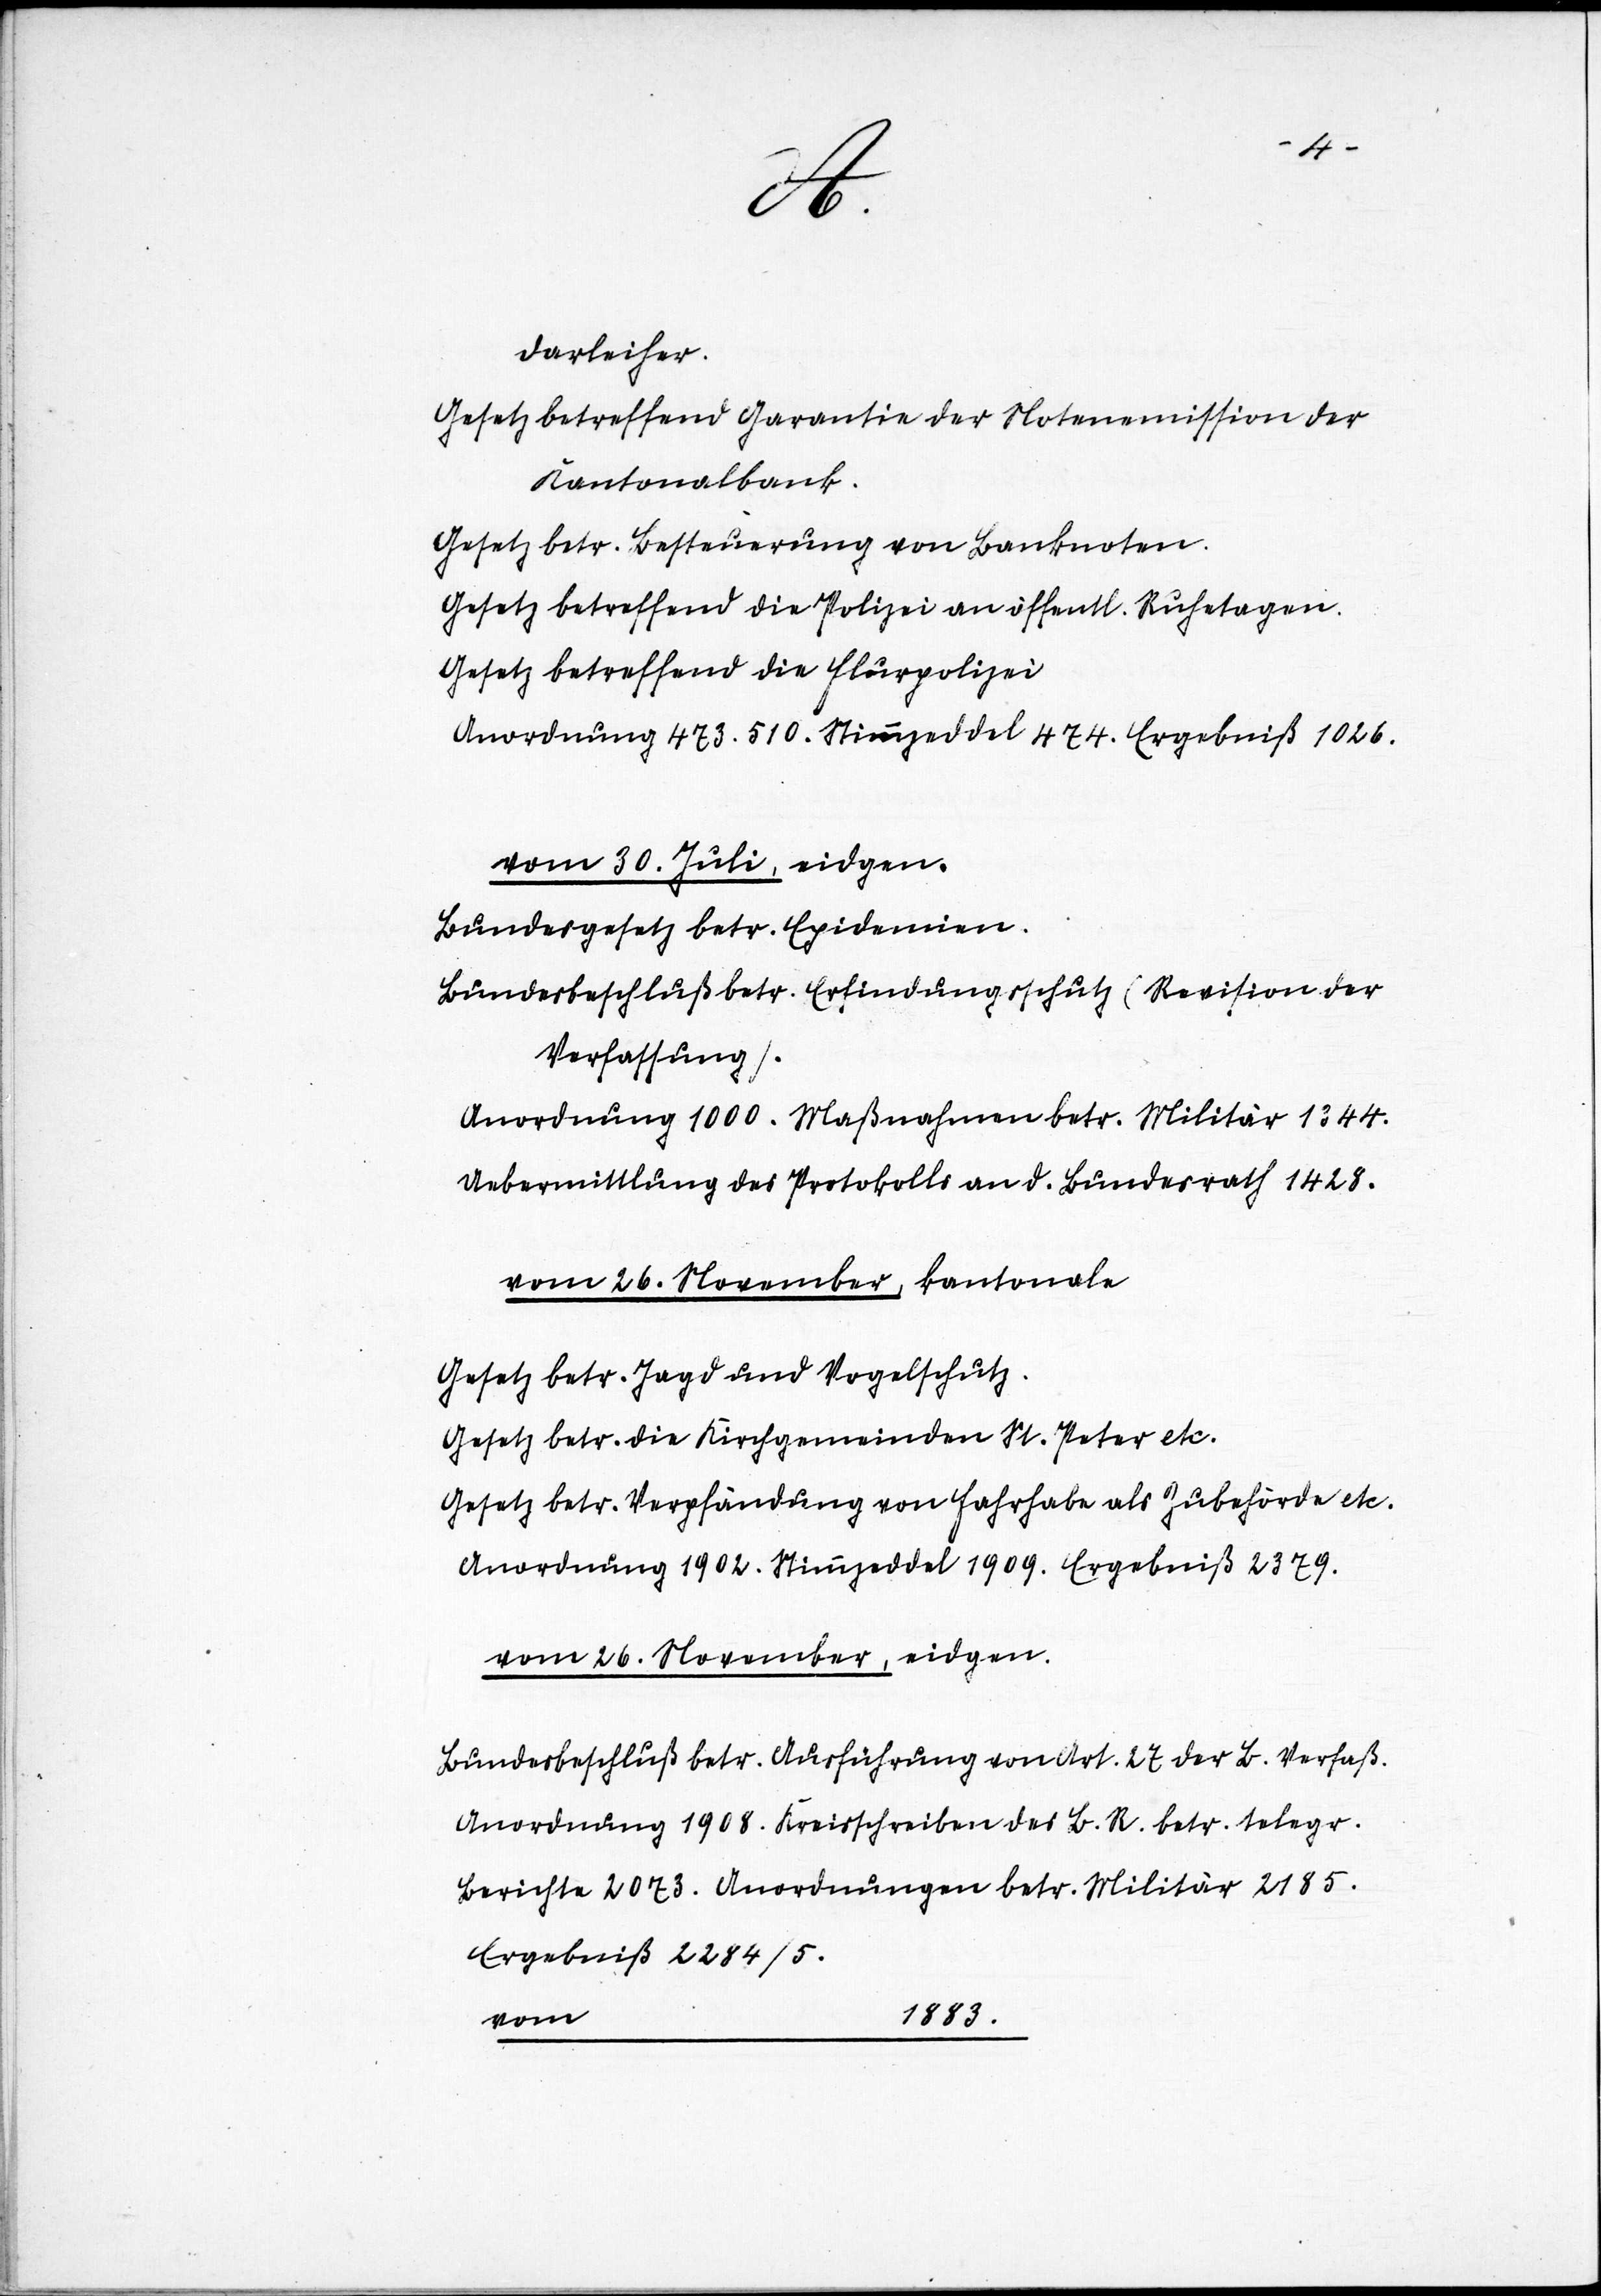
Fr.
Fr.
den